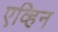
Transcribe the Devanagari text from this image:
एव्हिन